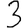
Digit: 3